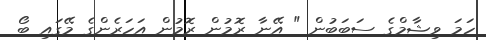
ހަމަ ވިޝާމްގެ ސަބަބުން " އޭނާ ރޮމުން ރޮމުން އަހަރެންގެ މޭގައި ބޯ